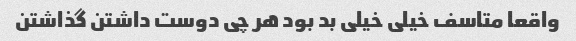
واقعا متاسف خیلی خیلی بد بود هر چی دوست داشتن گذاشتن